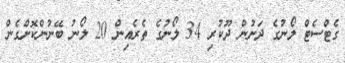
ގެޓްސެޓް ލޯނުގެ ދަށުން ދޫކުރި 34 ލޯނުގެ ތެރެއިން 20 ލޯނު ބޭނުންކޮށްގެން